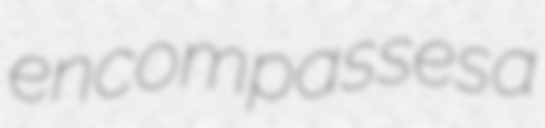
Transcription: encompasses a